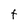
Character: t